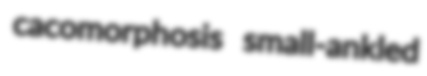
cacomorphosis small-ankled